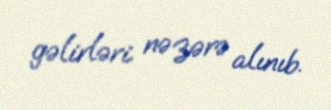
gəlirləri nəzərə alınıb.